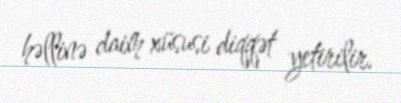
həllinə daim xüsusi diqqət yetirilir.